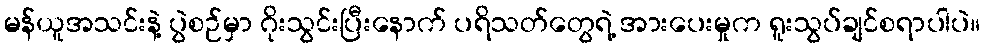
မန်ယူအသင်းနဲ့ ပွဲစဉ်မှာ ဂိုးသွင်းပြီးနောက် ပရိသတ်တွေရဲ့ အားပေးမှုက ရူးသွပ်ချင်စရာပါပဲ။